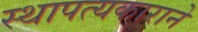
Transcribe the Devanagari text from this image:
स्थापत्यकाराने